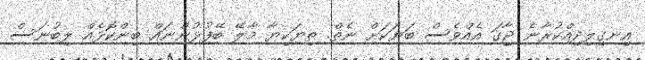
އިނގިލިދިއްކުރާނެ ޖާގަ އެއްވެސް ބަޔަކަށް ނެތް. ތިޔަކިޔާ މާލޭ ބޭފުޅުންނައް ބިންކޮޅެއް ލިބުނަސް